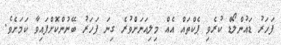
ފަހަރު ޑައުންލޯޑް ކުރެވި ޕެކްތައް އެއް މިލިއަނަށްވުރެ ގިނަ ފަހަރު ބޭނުންކޮށްފައިވާ ކަމަށެވެ.